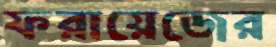
ফরায়েজের